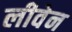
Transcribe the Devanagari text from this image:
लीवेन